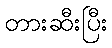
တားဆီးပြီး